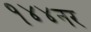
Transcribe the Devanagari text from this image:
१४४नर